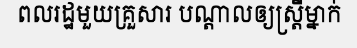
ពលរដ្ឋមួយគ្រួសារ បណ្តាលឲ្យស្ត្រីម្នាក់